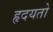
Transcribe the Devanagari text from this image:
हृदयतो